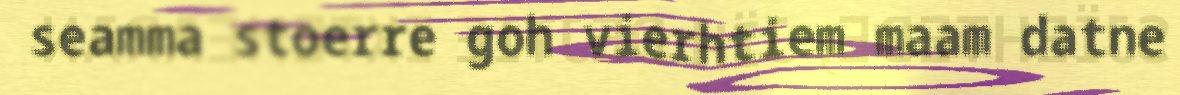
seamma stoerre goh vierhtiem maam datne